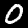
Label: 0